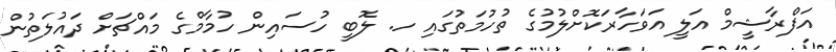
އަފްރާޝީމް އަލީ އަވަހާރަކޮށްލުމުގެ ތުހުމަތުގައި ހ. ލޮބީ ހުސައިން ހުމާމްގެ މައްޗަށް ދައުލަތުން